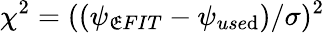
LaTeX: \chi^{2}=((\psi_{\mathfrak{E}FIT}-\psi_{use\mathrm{d}})/\sigma)^{2}